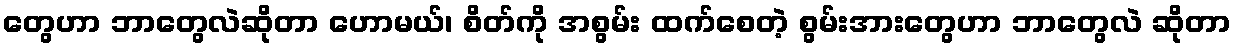
တွေဟာ ဘာတွေလဲဆိုတာ ဟောမယ်၊ စိတ်ကို အစွမ်း ထက်စေတဲ့ စွမ်းအားတွေဟာ ဘာတွေလဲ ဆိုတာ